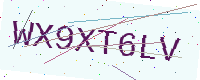
Text: WX9XT6LV